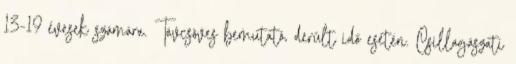
13-19 évesek számára. Távcsöves bemutató, derült idő esetén. Csillagászati